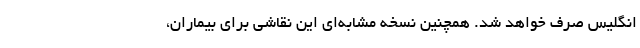
انگلیس صرف خواهد شد. همچنین نسخه مشابه‌ای این نقاشی برای بیماران،